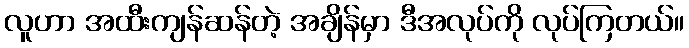
လူဟာ အထီးကျန်ဆန်တဲ့ အချိန်မှာ ဒီအလုပ်ကို လုပ်ကြတယ်။